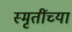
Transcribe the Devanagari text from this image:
स्मृतींच्या